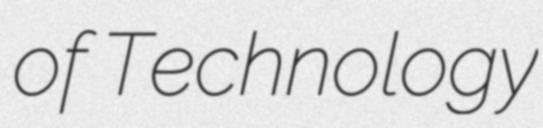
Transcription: of Technology